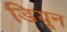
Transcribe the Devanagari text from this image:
डियून